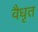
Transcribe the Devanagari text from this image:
वैधृत